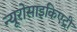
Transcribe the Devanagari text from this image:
न्यूरोसाइकिएट्री